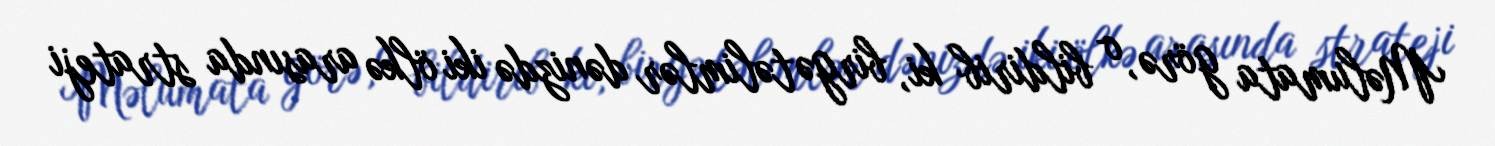
Məlumata görə, o bildirib ki, birgə təlimlər dənizdə iki ölkə arasında strateji